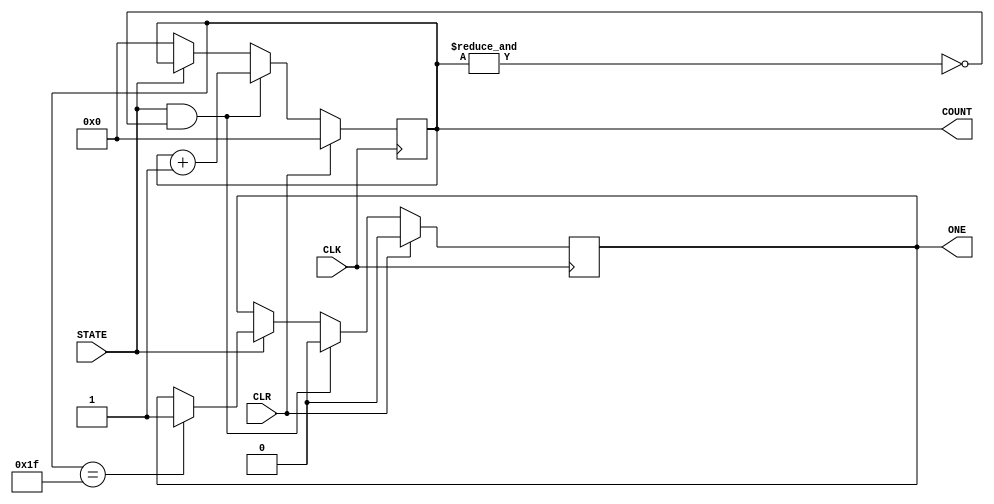
`timescale 1 ns / 1 ps

module DMA_channel(
	CLK, CLR,					   //STATE - w zalenoci czy wymieniamy dane cay czas czy tylko podczas programu uytkownika 
	STATE, 				// sygnal pozwalajcy na przesanie danych blokowo
 	COUNT,
	ONE
	);
	
	input CLK, CLR;
	input STATE;
	output reg [4:0] COUNT;
	output reg ONE;	 // wykonanie jednokrotne przekazania danych
			
	always @(posedge CLK) begin
		if(CLR) begin 
			COUNT <= 5'd0;
			ONE <= 1'd0;
			end
		else if(STATE && (~&COUNT)) begin
			COUNT <= COUNT + 1'b1;
			ONE <= 1'b0;
				end
		else if (!STATE)begin
			COUNT <= 5'd0;
			end
		else if (COUNT == 5'b11111) begin
			ONE <= 1'b1;
		end	
	end					
endmodule